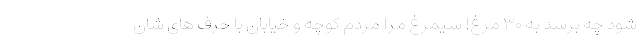
شود چه برسد به ۳۰ مرغ! سیمرغ مرا مردم کوچه و خیابان با حرف های شان